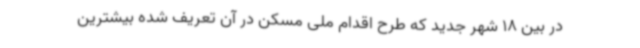
در بین 18 شهر جدید که طرح اقدام ملی مسکن در آن تعریف شده بیشترین